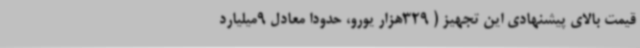
قیمت بالای پیشنهادی این تجهیز ( 329هزار یورو، حدوداً معادل 9میلیارد